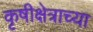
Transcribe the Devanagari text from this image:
कृषीक्षेत्राच्या